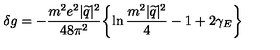
\delta g = - \frac { m ^ { 2 } e ^ { 2 } | \widetilde { q } | ^ { 2 } } { 4 8 \pi ^ { 2 } } \biggl \{ \ln \frac { m ^ { 2 } | \widetilde { q } | ^ { 2 } } { 4 } - 1 + 2 \gamma _ { E } \biggr \}